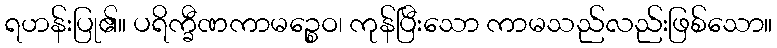
ရဟန်းပြု၏။ ပရိက္ခီဏကာမဉ္စေဝ၊ ကုန်ပြီးသော ကာမသည်လည်းဖြစ်သော။